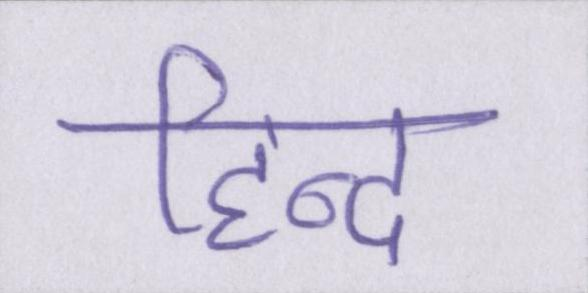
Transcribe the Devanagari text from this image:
हिन्द